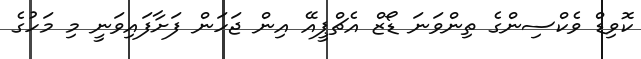
ކޮވިޑް ވެކްސިންގެ ތިންވަނަ ޑޯޒް އެޗްޕީއޭ އިން ޖަހަން ފަށާފައިވަނީ މި މަހުގެ